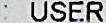
: USER